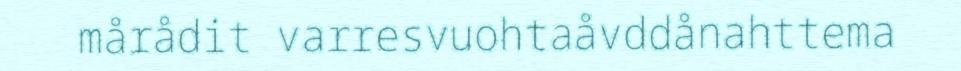
mårådit varresvuohtaåvddånahttema